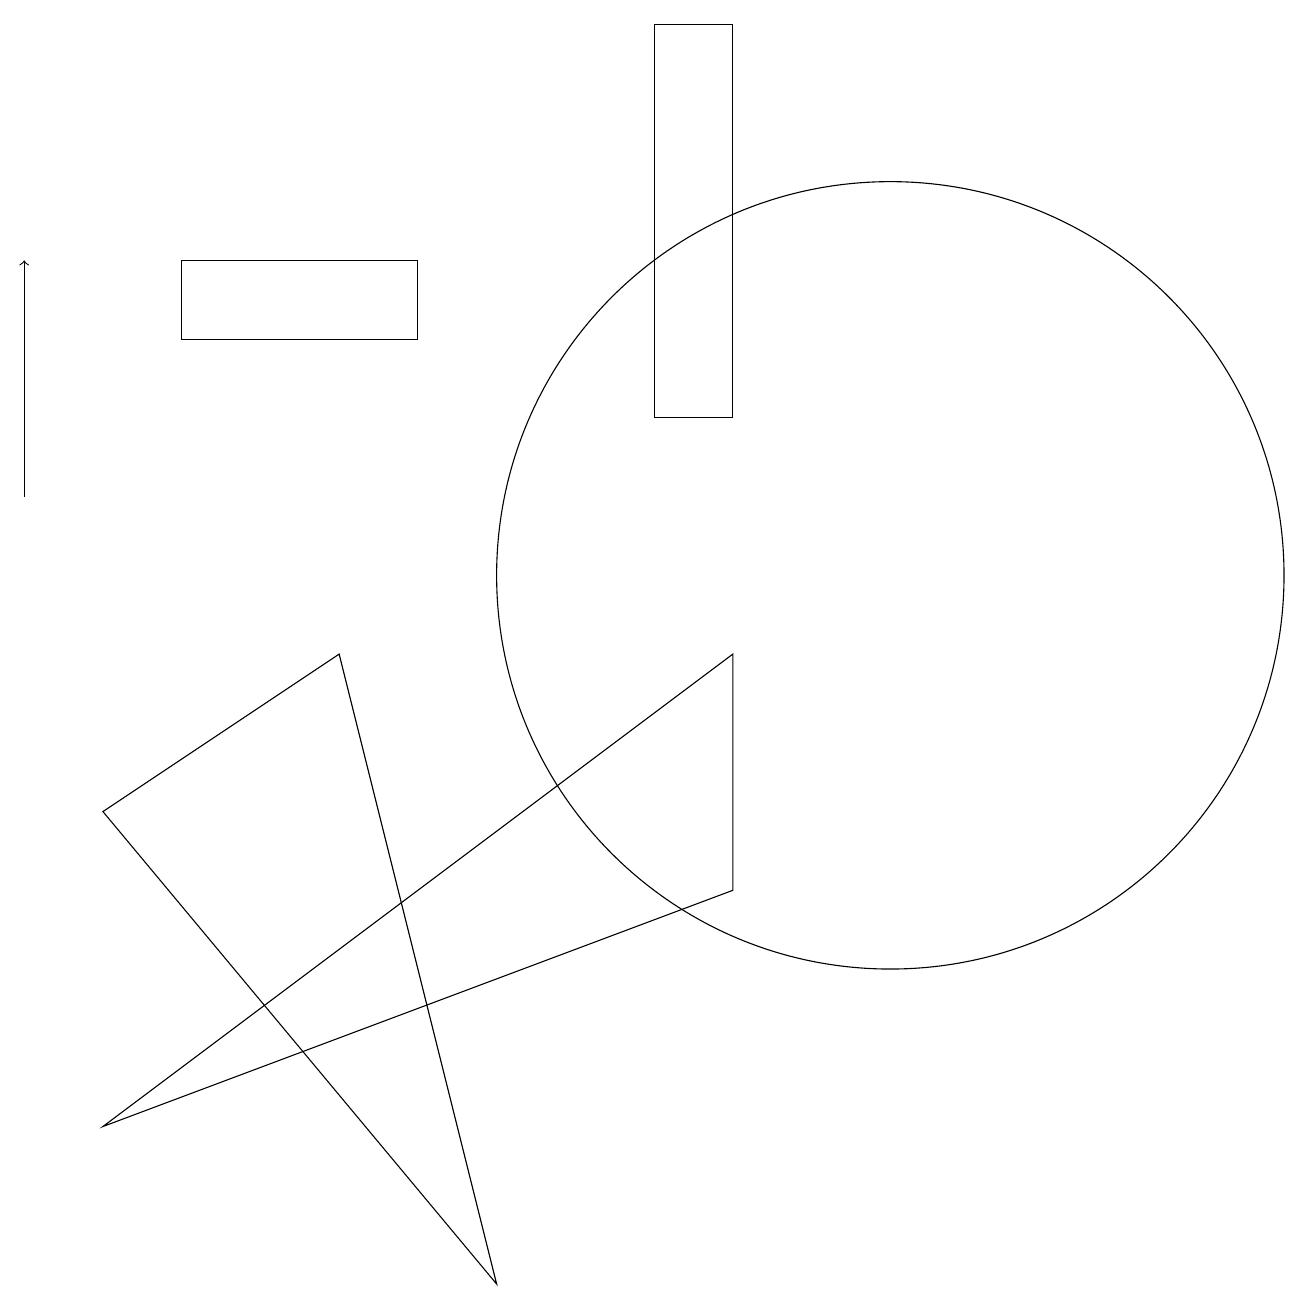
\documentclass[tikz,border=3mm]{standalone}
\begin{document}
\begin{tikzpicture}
\draw[->] (0,11) -- (0,14);
\draw (2,13) rectangle (5,14);
\draw (9,6) -- (9,9) -- (1,3) -- cycle;
\draw (1,7) -- (4,9) -- (6,1) -- cycle;
\draw (8,12) rectangle (9,17);
\draw (11,10) circle (5);
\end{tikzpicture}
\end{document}